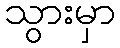
သွားမှာ